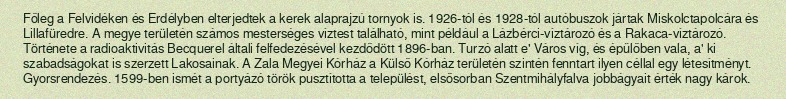
Főleg a Felvidéken és Erdélyben elterjedtek a kerek alaprajzú tornyok is. 1926-tól és 1928-tól autóbuszok jártak Miskolctapolcára és Lillafüredre. A megye területén számos mesterséges víztest található, mint például a Lázbérci-víztározó és a Rakaca-víztározó. Története a radioaktivitás Becquerel általi felfedezésével kezdődött 1896-ban. Turzó alatt e' Város víg, és épűlőben vala, a' ki szabadságokat is szerzett Lakosainak. A Zala Megyei Kórház a Külső Kórház területén szintén fenntart ilyen céllal egy létesítményt. Gyorsrendezés. 1599-ben ismét a portyázó török pusztította a települést, elsősorban Szentmihályfalva jobbágyait érték nagy károk.